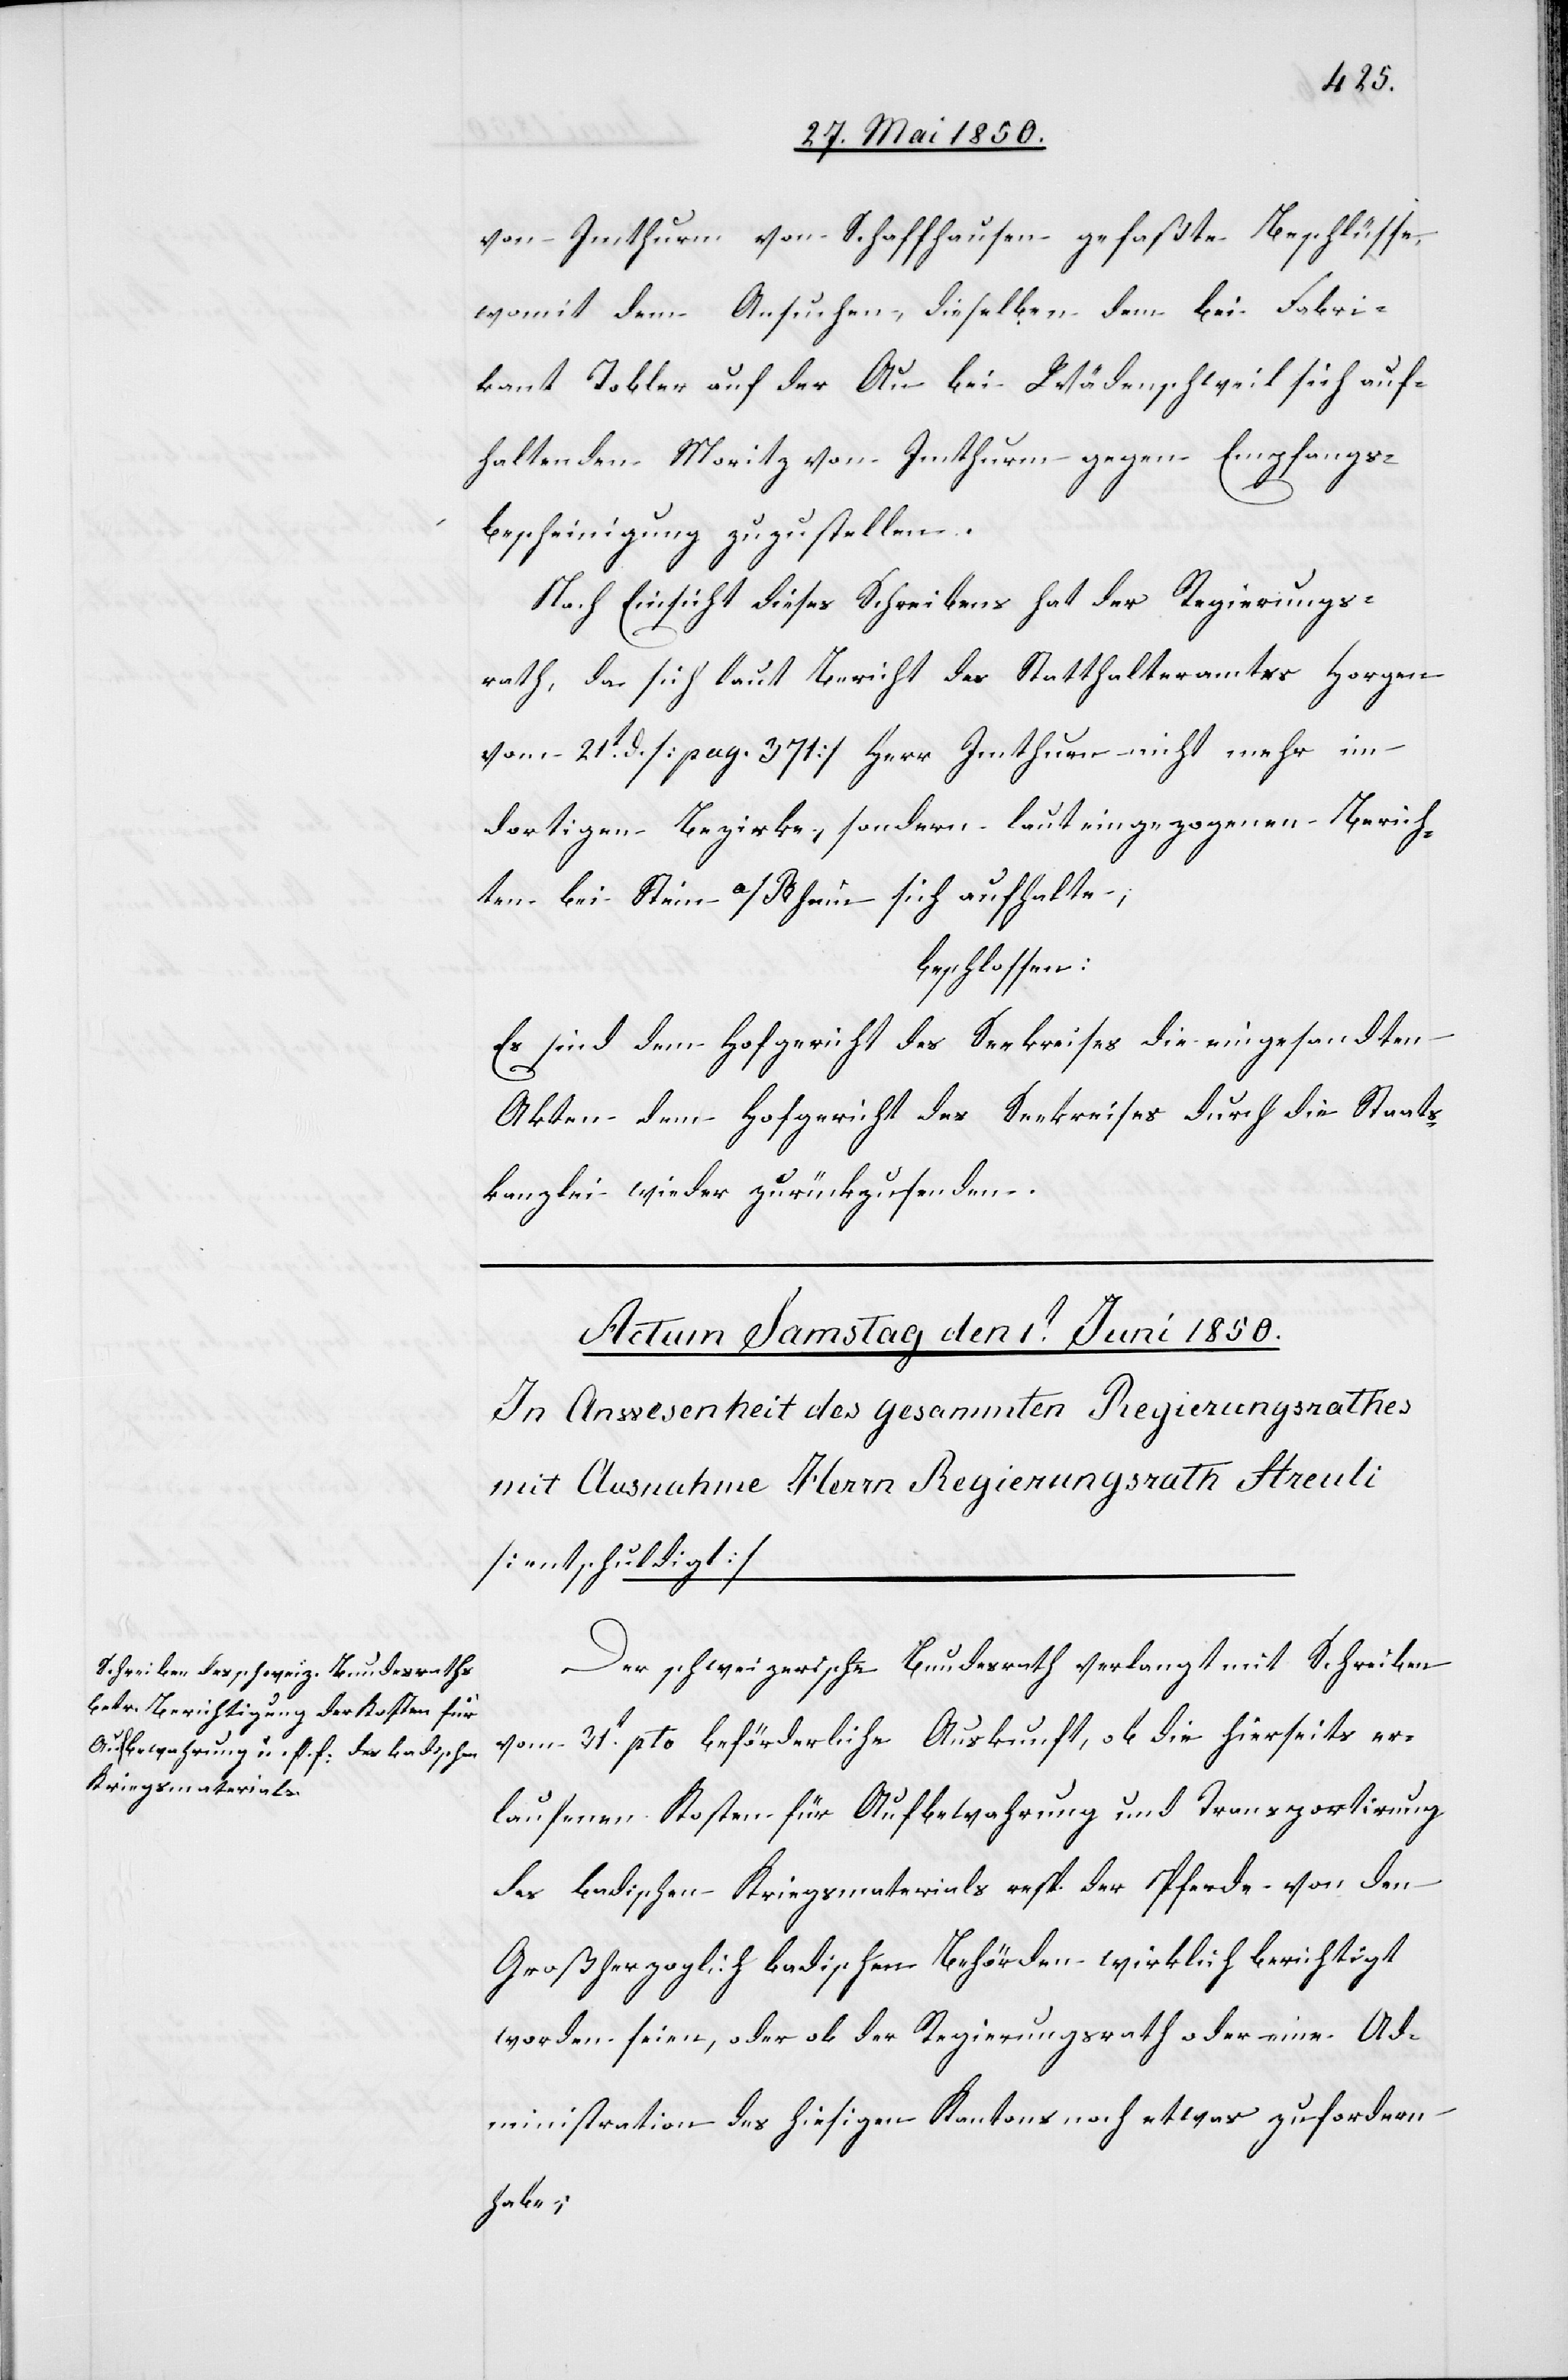
von Imthurm von Schaffhausen gefaßte Beschlüsse,
mit] dem Ansuchen, dieselben dem bei Fabri¬
kant Tobler auf der Au bei Wädenschweil sich auf¬
haltenden Moritz von Imthurm gegen Empfangs¬
bescheinigung zuzustellen.
Nach Einsicht dieses Schreibens hat der Regierungs¬
rath, da sich laut Bericht des Statthalteramtes Horgen
vom 21t d. [pag. 371] Herr Imthurm nicht mehr im
dortigen Bezirke, sondern laut eingezogenen Berich¬
ten bei Stein a/Rhein sich aufhalte;
beschlossen:
Es sind dem Hofgericht des Seekreises die eingesandten
Akten dem Hofgericht des Seekreises durch die Staats¬
kanzlei wieder zurückzusenden.
Der schweizerische Bundesrath verlangt mit Schreiben
vom 31t pto. beförderliche Auskunft, ob die hierseits er¬
laufenen Kosten für Aufbewahrung und Transportirung
des badischen Kriegsmaterials resp. der Pferde von den
Großherzoglich badischen Behörden wirklich berichtigt
worden seien, oder ob der Regierungsrath oder eine Ad¬
ministration des hiesigen Kantons noch etwas zu fordern
habe;